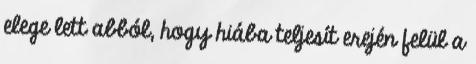
elege lett abból, hogy hiába teljesít erején felül a